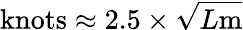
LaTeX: {\mathrm{knots}}\approx 2.5\times{\sqrt{L{\mathrm{m}}}}